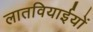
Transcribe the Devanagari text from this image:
लातवियाईयों